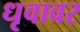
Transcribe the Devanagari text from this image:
धृवावर